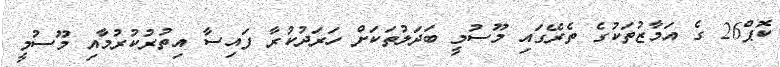
ކޮޕް26 ގެ އަމާޒުތަކުގެ ތެރޭގައި މޫސުމީ ބަދަލުތަކަށް ހަރަދުކުރާ ފައިސާ އިތުރުކުރުމާއި މޫސުމީ